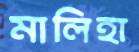
মালিহা